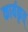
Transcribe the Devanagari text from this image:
कार्यकृत्